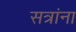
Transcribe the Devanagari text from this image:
सत्रांना